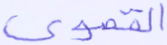
القصوى